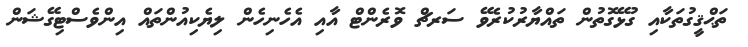
ތަޙްޤީގުތަކާއި ގުޅޭގޮތުން ތައްޔާރުކުރެވޭ ސަރޗް ވޮރެންޓް އާއި އެހެނިހެން ލިޔެކިއުންތައް އިންވެސްޓިގޭޝަން